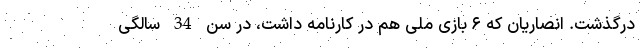
درگذشت. انصاریان که ۶ بازی ملی هم در کارنامه داشت، در سن 34 سالگی